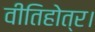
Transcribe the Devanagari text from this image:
वीतिहोत्र।